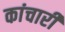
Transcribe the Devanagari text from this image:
कांचारी